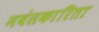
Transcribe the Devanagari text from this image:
मवंसकारिता